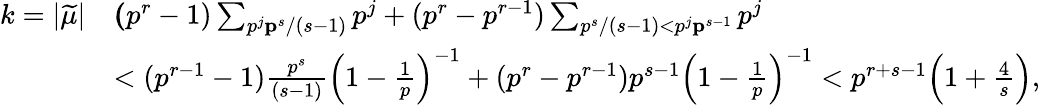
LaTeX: \begin{array}{rl}{k=|{\widetilde\mu}|}&{\le(p^{r}-1)\sum_{p^{j}\le p^{s}/(s-1)}p^{j}+(p^{r}-p^{r-1})\sum_{p^{s}/(s-1)<p^{j}\le p^{s-1}}p^{j}}\\ &{<(p^{r-1}-1)\frac{p^{s}}{(s-1)}\Big(1-\frac 1p\Big)^{-1}+(p^{r}-p^{r-1})p^{s-1}\Big(1-\frac 1p\Big)^{-1}<p^{r+s-1}\Big(1+\frac 4s\Big),}\end{array}